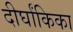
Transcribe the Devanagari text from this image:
दीर्घांकिका